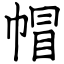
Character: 帽